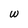
Character: w